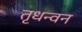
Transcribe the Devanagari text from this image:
तृधन्वन